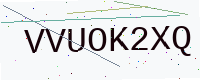
Text: VVUOK2XQ